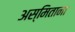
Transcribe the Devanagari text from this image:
अस्मिताना